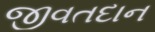
જીવતદાન